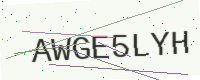
Text: AWGE5LYH